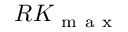
R K _ { \mathrm { ~ m ~ a ~ x ~ } }